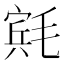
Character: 𬇄